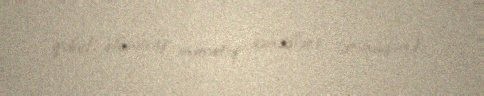
qəbul olunmuş müvafiq sənədlərə istinadən).